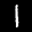
Label: 1